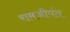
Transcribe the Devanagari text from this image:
रामजीपंत